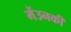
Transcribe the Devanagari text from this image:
मेंउनकी